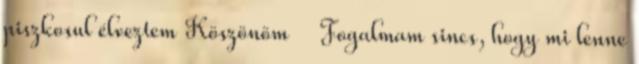
piszkosul élveztem Köszönöm Fogalmam sincs, hogy mi lenne